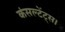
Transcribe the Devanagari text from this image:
कंसल्टेंट्स।